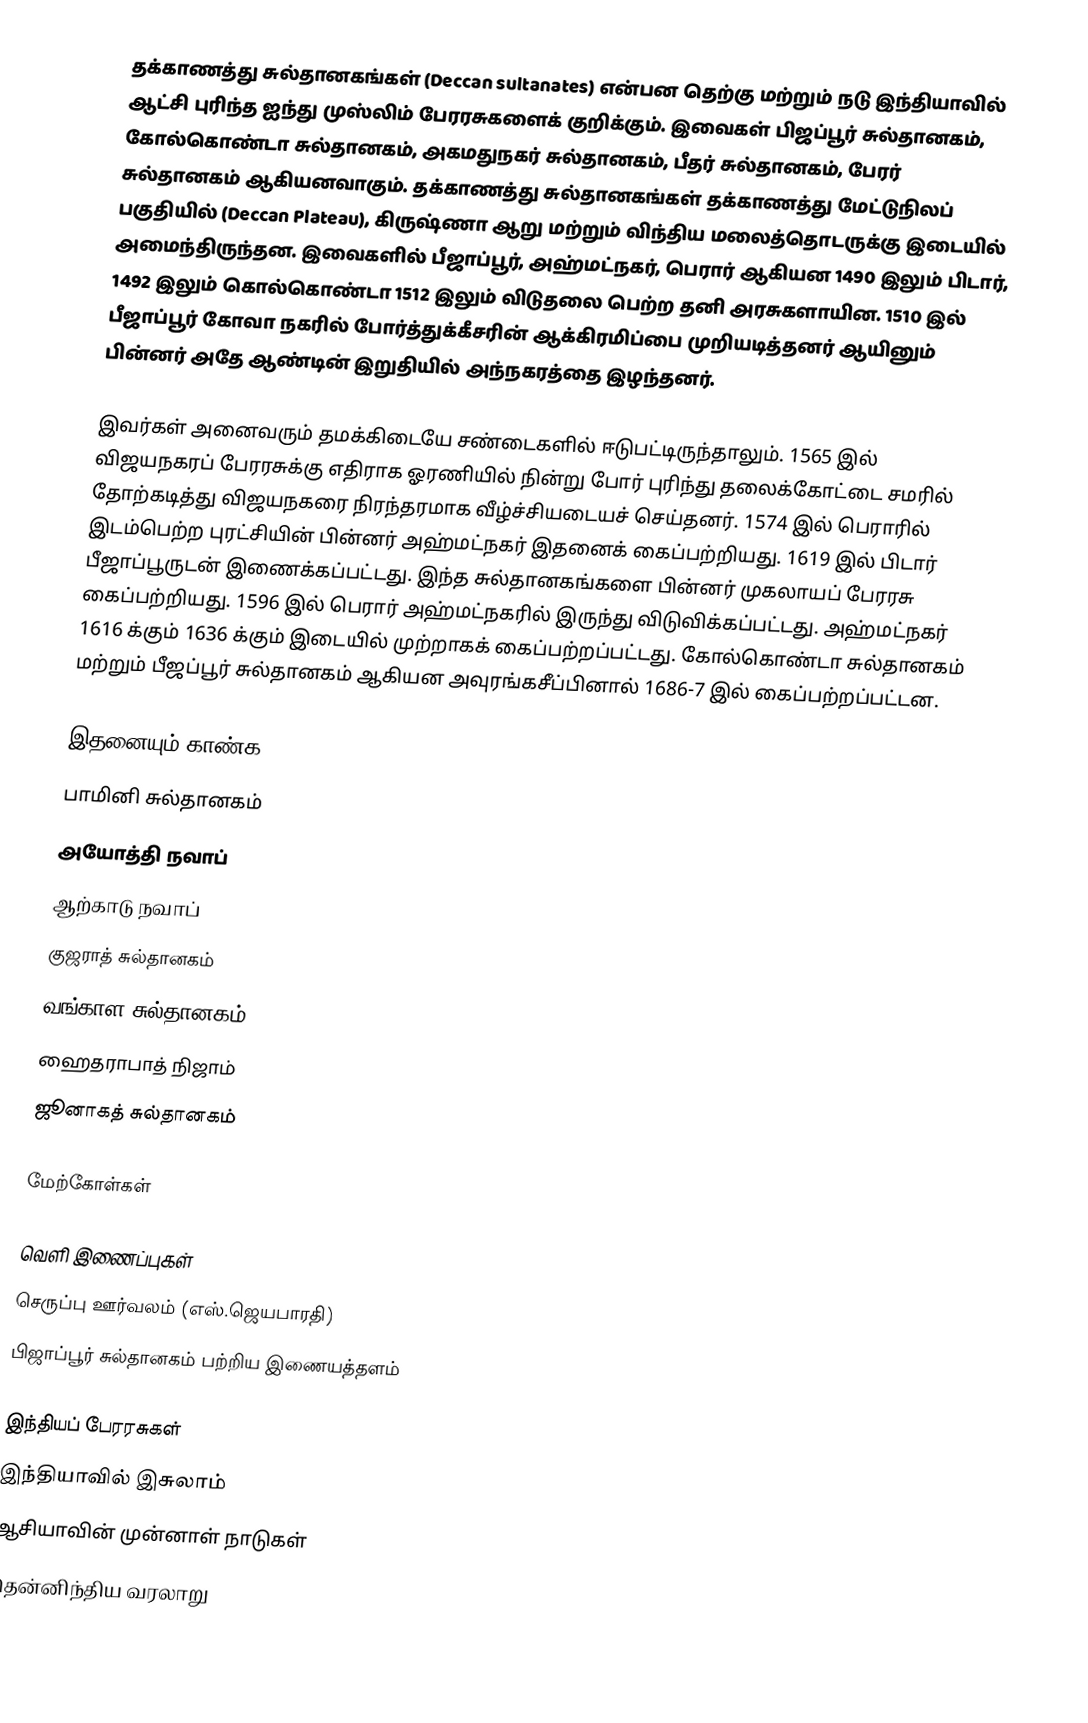
தக்காணத்து சுல்தானகங்கள் (Deccan sultanates) என்பன தெற்கு மற்றும் நடு இந்தியாவில் ஆட்சி புரிந்த ஐந்து முஸ்லிம் பேரரசுகளைக் குறிக்கும். இவைகள் பிஜப்பூர் சுல்தானகம், கோல்கொண்டா சுல்தானகம், அகமதுநகர் சுல்தானகம், பீதர் சுல்தானகம், பேரர் சுல்தானகம் ஆகியனவாகும். தக்காணத்து சுல்தானகங்கள் தக்காணத்து மேட்டுநிலப் பகுதியில் (Deccan Plateau), கிருஷ்ணா ஆறு மற்றும் விந்திய மலைத்தொடருக்கு இடையில் அமைந்திருந்தன. இவைகளில் பீஜாப்பூர், அஹ்மட்நகர், பெரார் ஆகியன 1490 இலும் பிடார், 1492 இலும் கொல்கொண்டா 1512 இலும் விடுதலை பெற்ற தனி அரசுகளாயின. 1510 இல் பீஜாப்பூர் கோவா நகரில் போர்த்துக்கீசரின் ஆக்கிரமிப்பை முறியடித்தனர் ஆயினும் பின்னர் அதே ஆண்டின் இறுதியில் அந்நகரத்தை இழந்தனர்.

இவர்கள் அனைவரும் தமக்கிடையே சண்டைகளில் ஈடுபட்டிருந்தாலும். 1565 இல் விஜயநகரப் பேரரசுக்கு எதிராக ஓரணியில் நின்று போர் புரிந்து தலைக்கோட்டை சமரில் தோற்கடித்து விஜயநகரை நிரந்தரமாக வீழ்ச்சியடையச் செய்தனர். 1574 இல் பெராரில் இடம்பெற்ற புரட்சியின் பின்னர் அஹ்மட்நகர் இதனைக் கைப்பற்றியது. 1619 இல் பிடார் பீஜாப்பூருடன் இணைக்கப்பட்டது. இந்த சுல்தானகங்களை பின்னர் முகலாயப் பேரரசு கைப்பற்றியது. 1596 இல் பெரார் அஹ்மட்நகரில் இருந்து விடுவிக்கப்பட்டது. அஹ்மட்நகர் 1616 க்கும் 1636 க்கும் இடையில் முற்றாகக் கைப்பற்றப்பட்டது. கோல்கொண்டா சுல்தானகம் மற்றும் பீஜப்பூர் சுல்தானகம் ஆகியன அவுரங்கசீப்பினால் 1686-7 இல் கைப்பற்றப்பட்டன.

இதனையும் காண்க
 பாமினி சுல்தானகம்
 அயோத்தி நவாப்
 ஆற்காடு நவாப்
 குஜராத் சுல்தானகம்
 வங்காள சுல்தானகம்
 ஹைதராபாத் நிஜாம்
 ஜூனாகத் சுல்தானகம்

மேற்கோள்கள்

வெளி இணைப்புகள்
 செருப்பு ஊர்வலம் (எஸ்.ஜெயபாரதி)
பிஜாப்பூர் சுல்தானகம் பற்றிய இணையத்தளம்

இந்தியப் பேரரசுகள்
இந்தியாவில் இசுலாம்
ஆசியாவின் முன்னாள் நாடுகள்
தென்னிந்திய வரலாறு